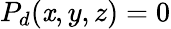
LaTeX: P_{d}(\mathit{x},y,z)=0